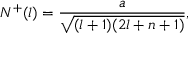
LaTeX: N ^ { + } ( l ) = \frac { a } { \sqrt { ( l + 1 ) ( 2 l + n + 1 ) } } ,